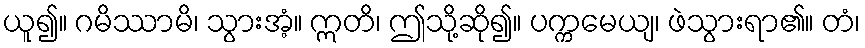
ယူ၍။ ဂမိဿာမိ၊ သွားအံ့။ ဣတိ၊ ဤသို့ဆို၍။ ပက္ကမေယျ၊ ဖဲသွားရာ၏။ တံ၊